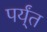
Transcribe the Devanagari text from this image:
पर्य्ंत